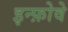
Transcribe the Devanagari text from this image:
इन्फ़ोवे